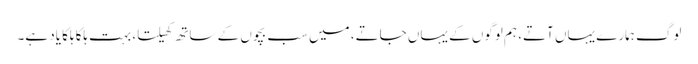
لوگ ہمارے یہاں آتے، ہم لوگوں کے یہاں جاتے، میں سب بچوں کے ساتھ کھیلتا، بہت ہلکا ہلکا یاد ہے۔